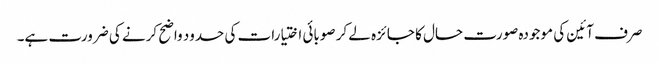
صرف آئین کی موجودہ صورت حال کا جائزہ لے کر صوبائی اختیارات کی حدود واضح کرنے کی ضرورت ہے۔